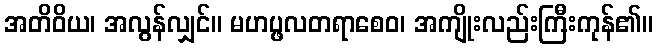
အတိဝိယ၊ အလွန်လျှင်။ မဟပ္ဖလတရာစေဝ၊ အကျိုးလည်းကြီးကုန်၏။